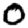
Digit: 0